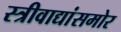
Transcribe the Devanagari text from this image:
स्त्रीवाद्यांसमोर